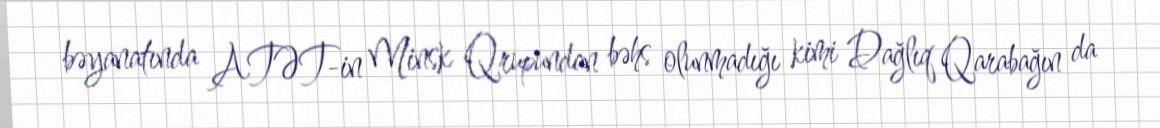
bəyanatında ATƏT-in Minsk Qrupundan bəhs olunmadığı kimi Dağlıq Qarabağın da